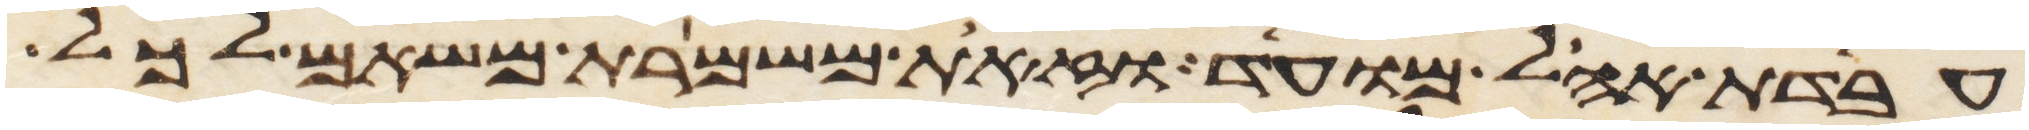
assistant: עבדת אהל מועד וזאת משמרת משאם לכל